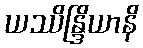
ယဿိန္ဒြိယာနိ